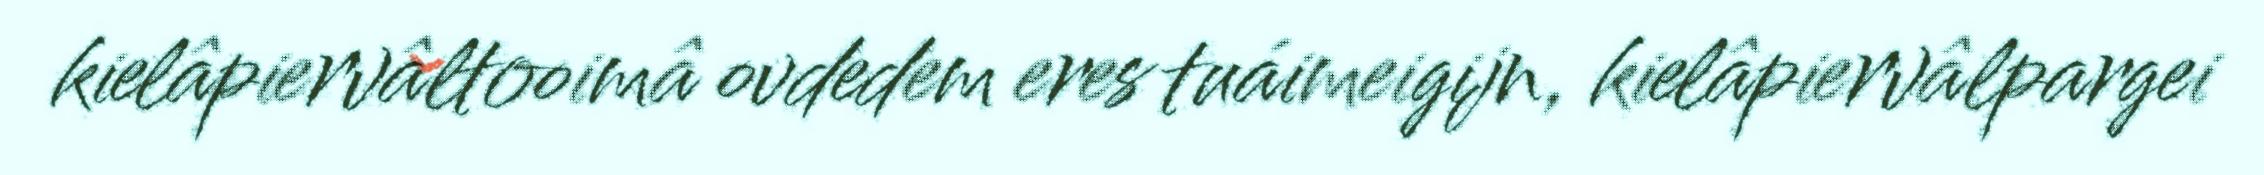
kielâpiervâltooimâ ovdedem eres tuáimeigijn, kielâpiervâlpargei